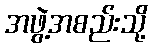
အဖွဲ့အစည်းသို့